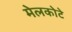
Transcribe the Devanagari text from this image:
मेलकोटे